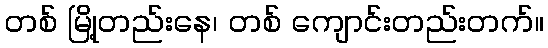
တစ် မြို့တည်းနေ၊ တစ် ကျောင်းတည်းတက်။